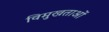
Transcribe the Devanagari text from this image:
विमुखताओं